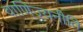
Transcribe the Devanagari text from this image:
वाणिज्यनीति